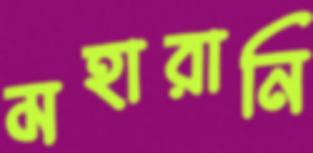
মহারানি